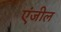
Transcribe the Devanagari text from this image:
एंजील